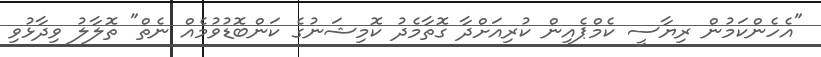
"އެހެންކަމުން ރިޔާސީ ކެމްޕެއިން ކުރިއަށްދާ ގޮތާމެދު ކޮމިޝަނުގެ ކަންބޮޑުވުމެއް ނެތް" ތޮލާލު ވިދާޅުވި